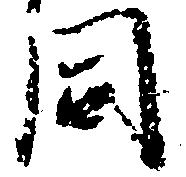
同